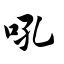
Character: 吼